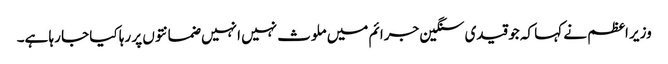
وزیر اعظم نے کہا کہ جو قیدی سنگین جرائم میں ملوث نہیں انہیں ضمانتوں پر رہا کیا جا رہا ہے۔